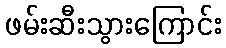
ဖမ်းဆီးသွားကြောင်း